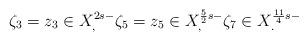
LaTeX: \begin{align*} \zeta_3 = z_3 \in X^{2s-}_, \zeta_5 = z_5 \in X^{\frac 5 2s-}_, \zeta_7 \in X^{\frac{11}{4}s-}_. \end{align*}